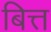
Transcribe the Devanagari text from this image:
बित्त